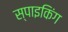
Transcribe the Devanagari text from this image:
स्पाइकिंग